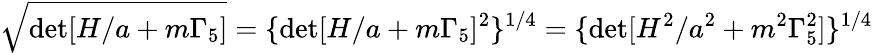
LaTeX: \sqrt{\operatorname*{det}[H/a+m\Gamma_{5}]}=\{ \operatorname*{det}[H/a+m\Gamma_{5}]^{2}\} ^{1/4}=\{ \operatorname*{det}[H^{2}/a^{2}+m^{2}\Gamma_{5}^{2}]\} ^{1/4}